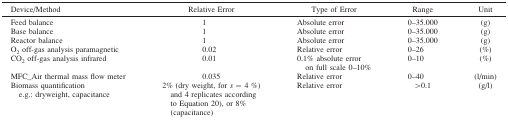
| Device/Method | Relative Error | Type of Error | Range | Unit |
 | --- | --- | --- | --- | --- |
 | Feed balance | 1 | Absolute error | 0–35.000 | (g) |
 | Base balance | 1 | Absolute error | 0–35.000 | (g) |
 | Reactor balance | 1 | Absolute error | 0–35.000 | (g) |
 | O2 off-gas analysis paramagnetic | 0.02 | Relative error | 0–26 | (%) |
 | CO2 off-gas analysis infrared | 0.01 | 0.1% absolute error on full scale 0–10% | 0–10 | (%) |
 | MFC_Air thermal mass flow meter | 0.035 | Relative error | 0–40 | (l/min) |
 | Biomass quantification e.g.: dryweight, capacitance | 2% (dry weight, for s = 4 %) and 4 replicates according to Equation 20), or 8% (capacitance) | Relative error | >0.1 | (g/l) |